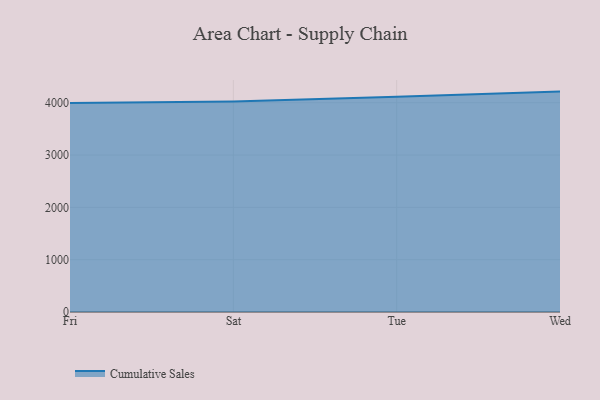
{"axis": {"x": "Day", "y": "Tickets Resolved"}, "legend": ["Cumulative Sales"], "data": [{"x": "Fri", "y": 3995.7, "type": "Cumulative Sales"}, {"x": "Sat", "y": 4025.7, "type": "Cumulative Sales"}, {"x": "Tue", "y": 4115.5, "type": "Cumulative Sales"}, {"x": "Wed", "y": 4213.0, "type": "Cumulative Sales"}]}